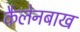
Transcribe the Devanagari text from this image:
कैलेनबाख